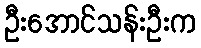
ဦးအောင်သန်းဦးက